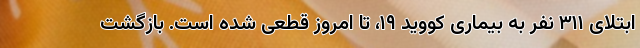
ابتلای ۳۱۱ نفر به بیماری کووید ۱۹، تا امروز قطعی شده است. بازگشت